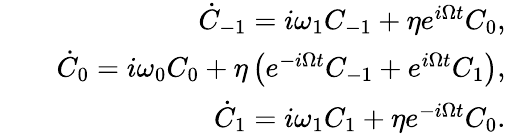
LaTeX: \begin{array}{rlr}&{}&{\dot{C}_{-1}=i\omega_{1}C_{-1}+\eta e^{i\Omega t}C_{0},}\\ &{}&{\dot{C}_{0}=i\omega_{0}C_{0}+\eta\left(e^{-i\Omega t}C_{-1}+e^{i\Omega t}C_{1}\right),}\\ &{}&{\dot{C}_{1}=i\omega_{1}C_{1}+\eta e^{-i\Omega t}C_{0}.}\end{array}